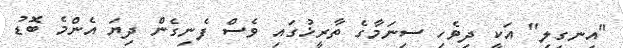
"އިނގިލި" އަކީ ދިވެހި ސިނަމާގެ ތާރީޚުގައި ވެސް ފެނިގެން ދިޔަ އެންމެ ބޮޑު